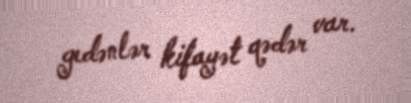
gedənlər kifayət qədər var.